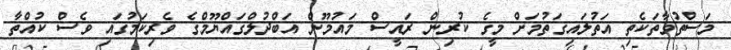
މަސްތުވާތަކެތި އަތުލައިގަތުމަށް މީގެ ކުރިން ރައީސް މައުމޫން އަބްދުލްގައްޔޫމްގެ ވެރިކަމުގައި ވެސް ކުއްތާ